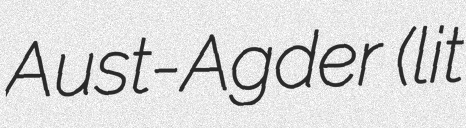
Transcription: Aust-Agder (lit